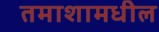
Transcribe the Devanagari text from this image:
तमाशामधील